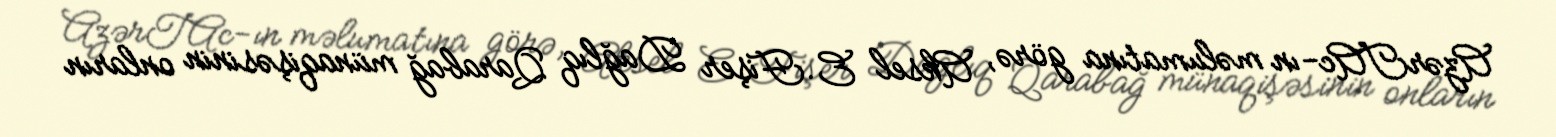
AzərTAc-ın məlumatına görə, Aksel E.Fişer Dağlıq Qarabağ münaqişəsinin onların